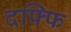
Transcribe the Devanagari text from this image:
दफ्फि